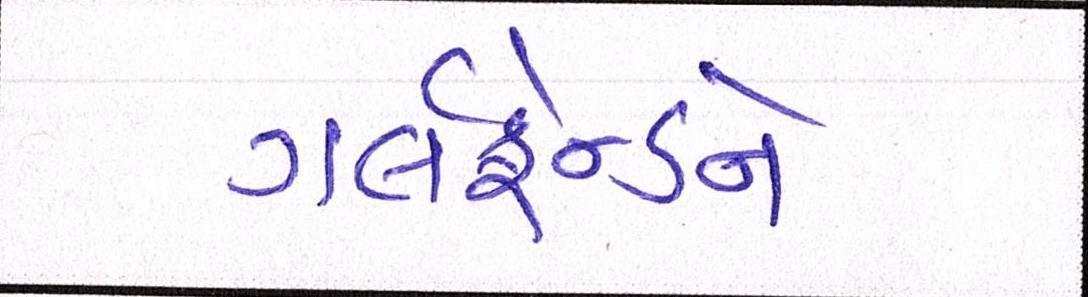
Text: ગર્લફ્રેન્ડને